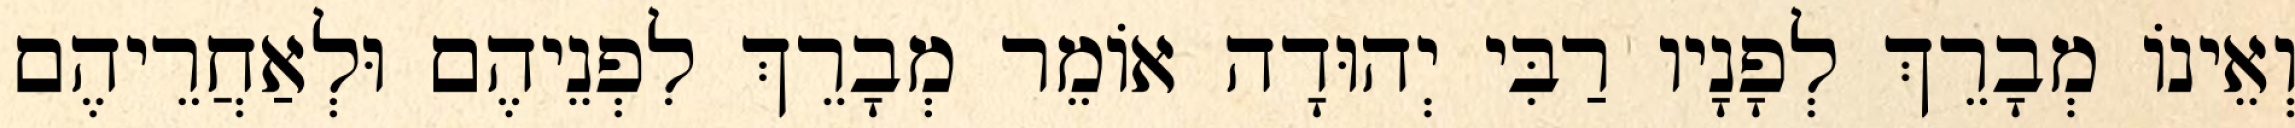
וְאֵינוֹ מְבָרֵךְ לְפָנָיו רַבִּי יְהוּדָה אוֹמֵר מְבָרֵךְ לִפְנֵיהֶם וּלְאַחֲרֵיהֶם